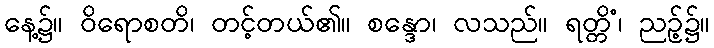
နေ့၌။ ဝိရောစတိ၊ တင့်တယ်၏။ စန္ဒော၊ လသည်။ ရတ္တိံ၊ ညဉ့်၌။